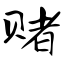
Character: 赌